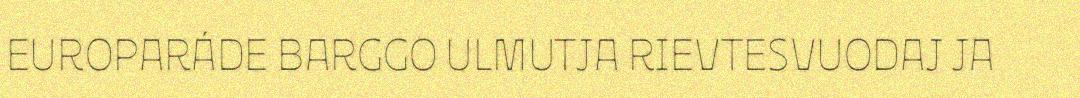
EUROPARÁDE BARGGO ULMUTJA RIEVTESVUODAJ JA